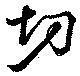
切